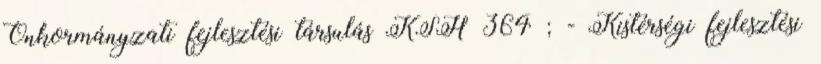
Önkormányzati fejlesztési társulás KSH 364 ; - Kistérségi fejlesztési